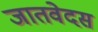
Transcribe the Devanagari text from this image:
जातवेदस